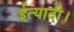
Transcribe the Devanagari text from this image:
ईत्यादी।